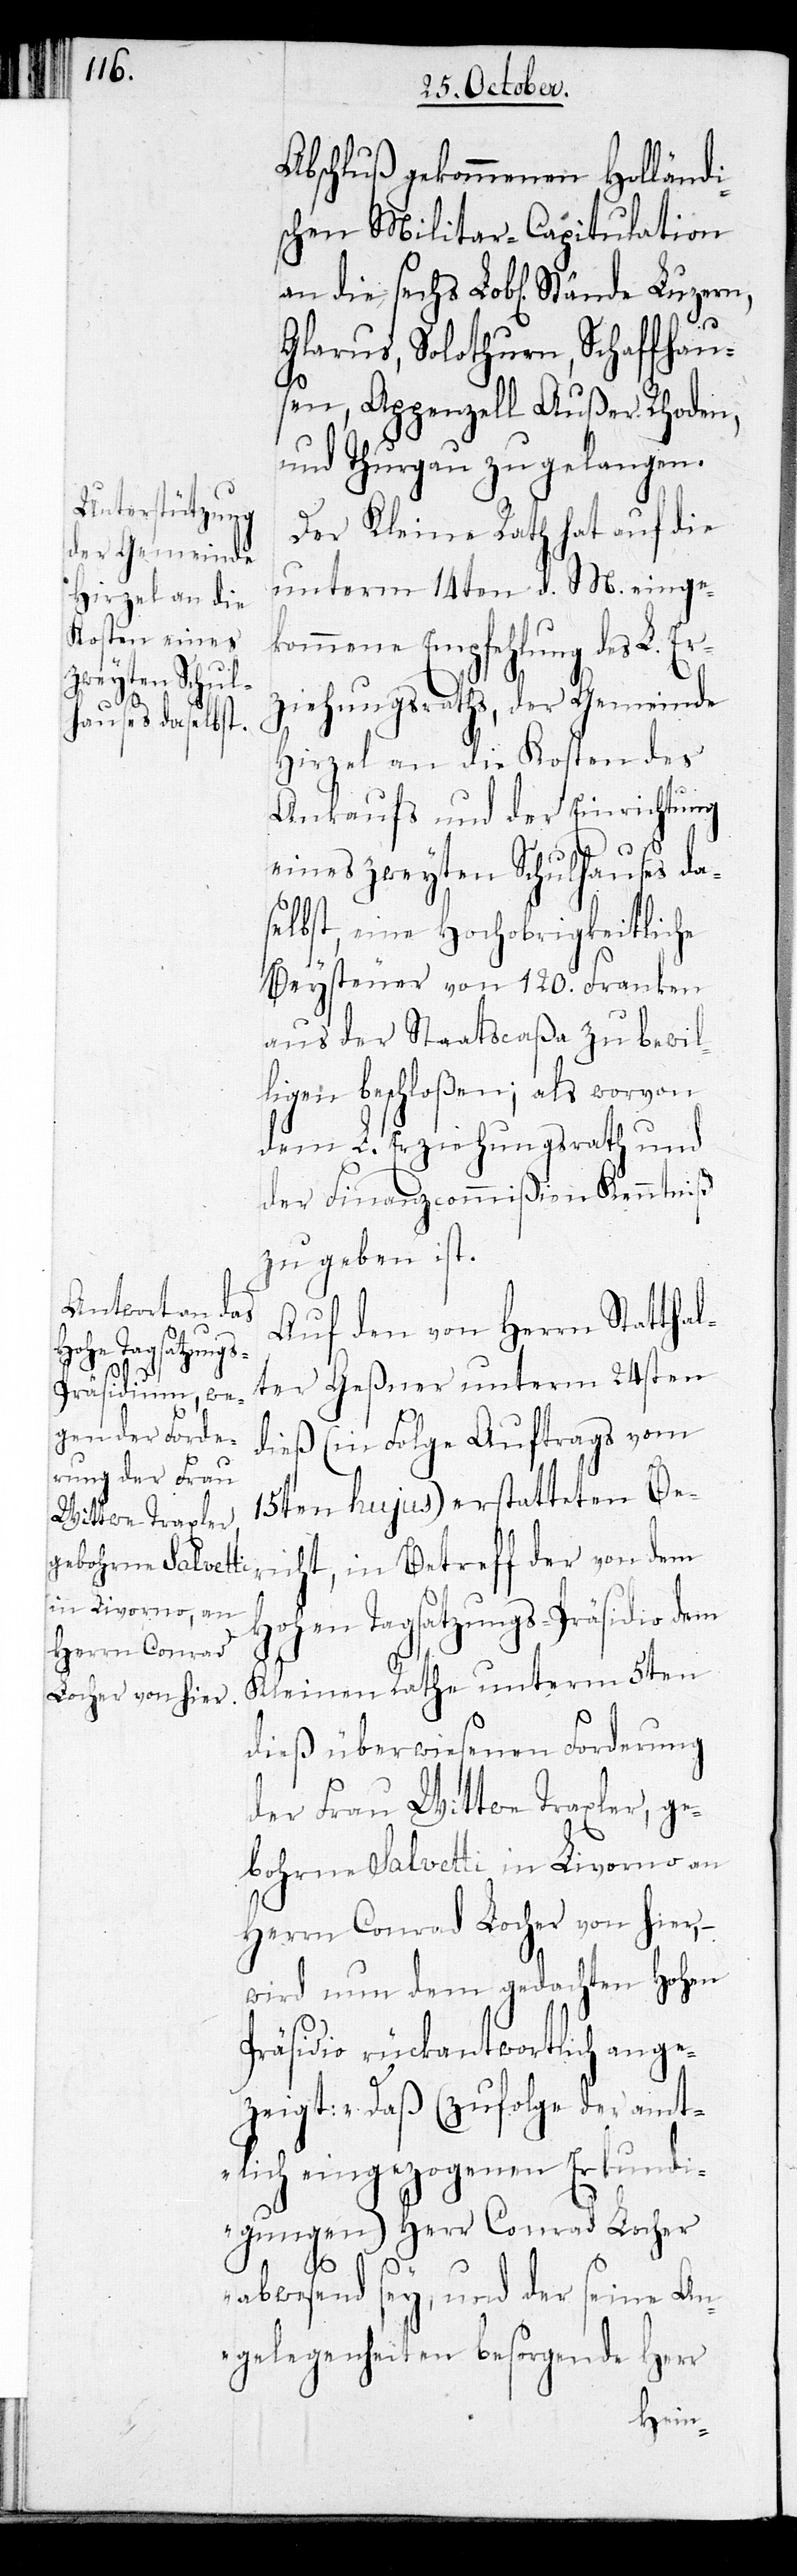
Abschluß gekommenen Holländi¬
schen Militar-Capitulation
an die sechs Lobl. Stände Luzern,
Glarus, Solothurn, Schaffhau¬
sen, Appenzell Außer-Rhoden,
und Thurgau zu gelangen.
Der Kleine Rath hat auf die
unterm 14ten d. M. einge¬
kommene Empfehlung des L. Er¬
ziehungsraths, der Gemeinde
Hirzel an die Kosten des
Ankaufs und der Einrichtung
eines zweyten Schulhauses da¬
selbst, eine Hochobrigkeitliche
Beysteuer von 120. Franken
aus der Staatscaßa zu bewil¬
ligen beschloßen; als worvon
dem L. Erziehungsrath und
der Finanzcommißion Kenntniß
zu geben ist.
Auf den von Herrn Statthal¬
ter Geßner unterm 24sten
dieß (in Folge Auftrags vom
15ten hujus) erstatteten Be¬
richt, in Betreff der von dem
Hohen Tagsatzungs-Präsidio dem
Kleinen Rathe unterm 5ten
dieß überwiesenen Forderung
der Frau Wittwe Traxler, ge¬
bohrne Salvetti in Livorno an
Herrn Conrad Locher von hier, –
wird nun dem gedachten Hohen
Präsidio rückantwortlich ange¬
zeigt: "Daß (zufolge der amt¬
lich eingezogenen Erkundi¬
gungen) Herr Conrad Locher
abwesend sey, und der seine An¬
gelegenheiten besorgende Herr